Lunatic asylums Bombay report 1891-1903 - 1891-1903
Year: 1891
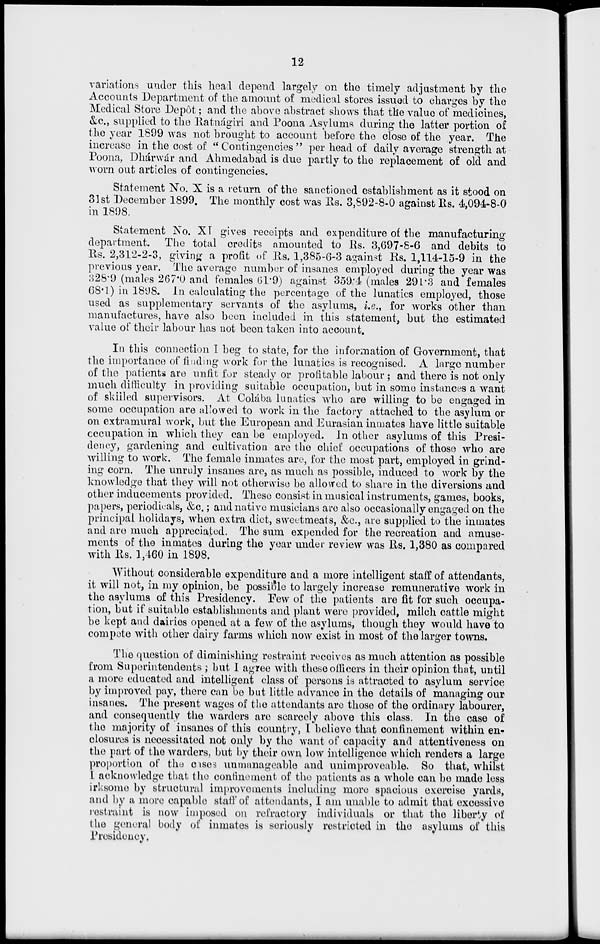
12
variations under this head depend largely on the timely adjustment by the
Accounts Department of the amount of medical stores issued to charges by the
Medical Store Depôt ; and the above abstract shows that the value of medicines,
&c., supplied to the Ratnágiri and Poona Asylums during the latter portion of
the year 1899 was not brought to account before the close of the year. The
increase in the cost of " Contingencies " per head of daily average strength at
Poona, Dhárwár and Ahmedabad is due partly to the replacement of old and
worn out articles of contingencies.
Statement No. X is a return of the sanctioned establishment as it stood on
31st December 1899. The monthly cost was Rs. 3,892-8-0 against Rs. 4,094-8-0
in 1898.
Statement No. XI gives receipts and expenditure of the manufacturing
department. The total credits amounted to Rs. 3,697-8-6 and debits to
Rs. 2,312-2-3, giving a profit of Rs. 1,385-6-3 against Rs. 1,114-15-9 in the
previous year. The average number of insanes employed during the year was
328.9 (males 267.0 and females 61.9) against 359.4 (males 291.3 and females
68.1) in 1898. In calculating the percentage of the lunatics employed, those
used as supplementary servants of the asylums, i.e., for works other than
manufactures, have also been included in this statement, but the estimated
value of their labour has not been taken into account.
In this connection I beg to state, for the information of Government, that
the importance of finding work for the lunatics is recognised. A large number
of the patients are unfit for steady or profitable labour ; and there is not only
much difficulty in providing suitable occupation, but in some instances a want
of skilled supervisors. At Colába lunatics who are willing to be engaged in
some occupation are allowed to work in the factory attached to the asylum or
on extramural work, but the European and Eurasian inmates have little suitable
occupation in which they can be employed. In other asylums of this Presi-
dency, gardening and cultivation are the chief occupations of those who are
willing to work. The female inmates are, for the most part, employed in grind-
ing corn. The unruly insanes are, as much as possible, induced to work by the
knowledge that they will not otherwise be allowed to share in the diversions and
other inducements provided. These consist in musical instruments, games, books,
papers, periodicals, &c.; and native musicians are also occasionally engaged on the
principal holidays, when extra diet, sweetmeats, &c., are supplied to the inmates
and are much appreciated. The sum expended for the recreation and amuse-
ments of the inmates during the year under review was Rs. 1,380 as compared
with Rs. 1,460 in 1898.
Without considerable expenditure and a more intelligent staff of attendants,
it will not, in my opinion, be possible to largely increase remunerative work in
the asylums of this Presidency. Few of the patients are fit for such occupa-
tion, but if suitable establishments and plant were provided, milch cattle might
be kept and dairies opened at a few of the asylums, though they would have to
compete with other dairy farms which now exist in most of the larger towns.
The question of diminishing restraint receives as much attention as possible
from Superintendents ; but I agree with these officers in their opinion that, until
a more educated and intelligent class of persons is attracted to asylum service
by improved pay, there can be but little advance in the details of managing our
insanes. The present wages of the attendants are those of the ordinary labourer,
and consequently the warders are scarcely above this class. In the case of
the majority of insanes of this country, I believe that confinement within en-
closures is necessitated not only by the want of capacity and attentiveness on
the part of the warders, but by their own low intelligence which renders a large
proportion of the cases unmanageable and unimproveable. So that, whilst
I acknowledge that the confinement of the patients as a whole can be made less
irksome by structural improvements including more spacious exercise yards,
and by a more capable staff of attendants, I am unable to admit that excessive
restraint is now imposed on refractory individuals or that the liberty of
the general body of inmates is seriously restricted in the asylums of this
Presidency.